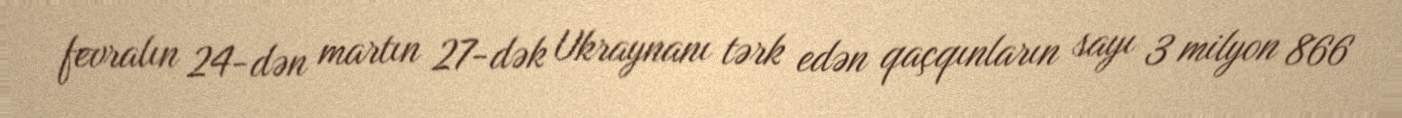
fevralın 24-dən martın 27-dək Ukraynanı tərk edən qaçqınların sayı 3 milyon 866